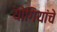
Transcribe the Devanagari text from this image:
योगियांचे